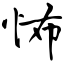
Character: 怖